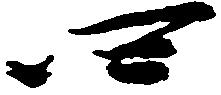
四